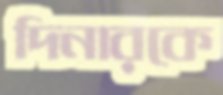
দিনারকে